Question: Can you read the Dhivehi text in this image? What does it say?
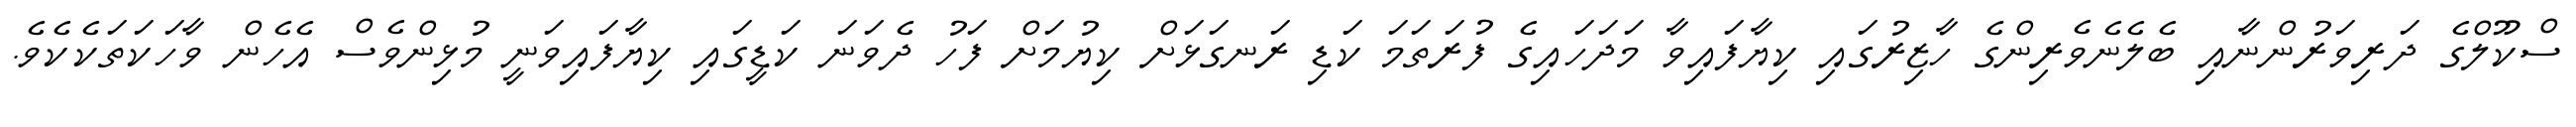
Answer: ސްކޫލްގެ ދަރިވަރުންނާއި ބެލެނެވެރިންގެ ހާޒިރުގައި ކިޔާފައިވާ މަދަހައިގެ ފުރަތަމަ ކަޑި ރަނގަޅަށް ކިޔުމަށް ފަހު ދެވަނަ ކަޑީގައި ކިޔާފައިވަނީ މުޅިންވެސް އެހެން ވާހަކަތަކެކެވެ.